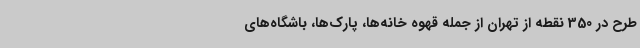
طرح در 350 نقطه از تهران از جمله قهوه خانه‌ها، پارک‌ها، باشگاه‌های